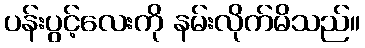
ပန်းပွင့်လေးကို နမ်းလိုက်မိသည်။